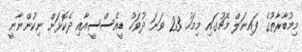
މިމުބާރާތުގެ ފައިނަލް މެޗުގައި މިމަހު 23 ވަނަ ދުވަހު ޑީއެސްސީއާއި ދެކޮޅަށް ނިކުންނާނީ